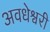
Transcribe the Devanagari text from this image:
अवधेश्वरी